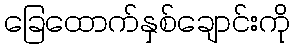
ခြေထောက်နှစ်ချောင်းကို